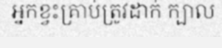
អ្នកខ្វះគ្រាប់ត្រូវដាក់ ក្បាល